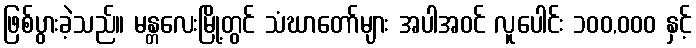
ဖြစ်ပွားခဲ့သည်။ မန္တလေးမြို့တွင် သံဃာတော်များ အပါအဝင် လူပေါင်း ၁၀၀,၀၀၀ နှင့်